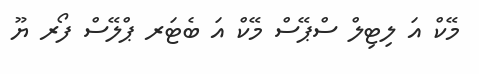
މޭކް އަ ލިޓިލް ސްޕޭސް މޭކް އަ ބެޓަރ ޕްލޭސް ފޯރ ޔޫ